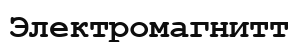
Электромагнитт